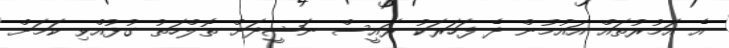
އެ އަމުރުތައް އައުމުން ދެ ފަހަރަކު ރައީސް ނަޝީދަށް ތޮލްހަތު ގުޅުއްވި ކަމަށް